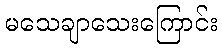
မသေချာသေးကြောင်း